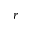
r